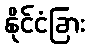
နိုင်ငံခြား